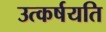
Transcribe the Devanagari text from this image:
उत्कर्षयति